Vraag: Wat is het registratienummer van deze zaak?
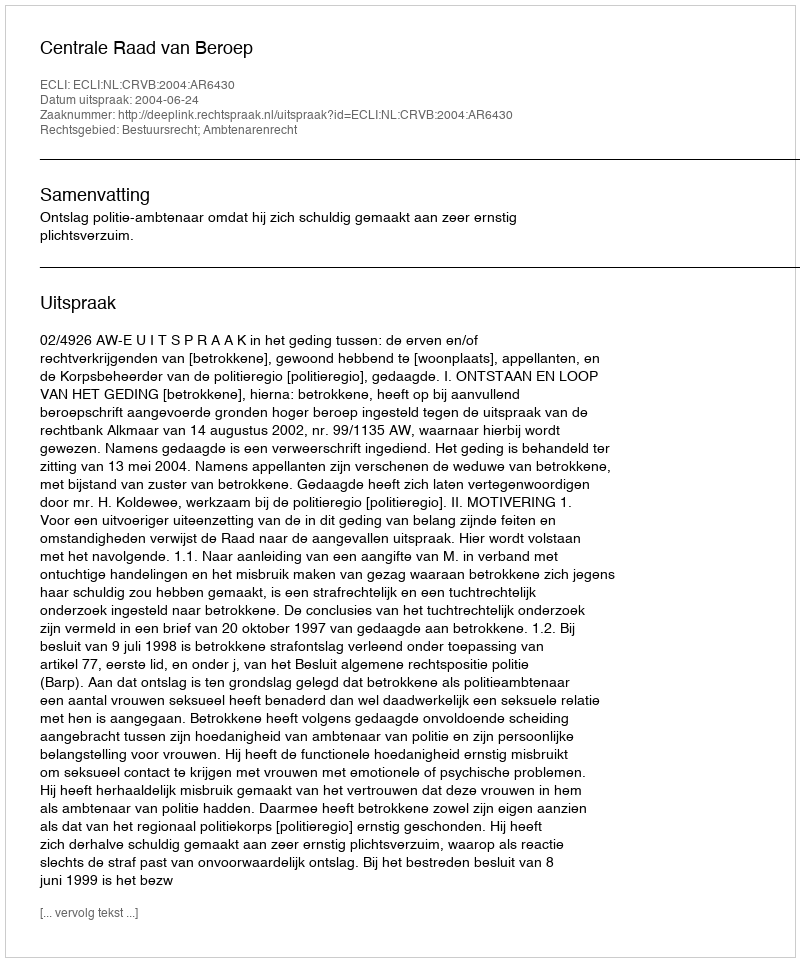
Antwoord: http://deeplink.rechtspraak.nl/uitspraak?id=ECLI:NL:CRVB:2004:AR6430